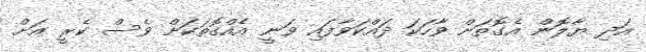
އަދި ޔާލޮން އެގޮތަށް ވާހަކަ ދައްކަވާފައި ވަނީ އެއްގޮތަކަށް ވެސް ކެރީ އަށް